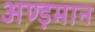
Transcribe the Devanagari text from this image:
अण्ड़मान